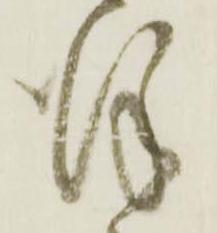
謹